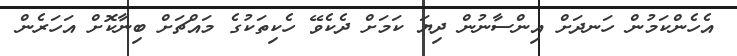
އެހެންކަމުން ހަނދަށް އިންސާނުން ދިޔަ ކަމަށް ދެކެވޭ ހެކިތަކުގެ މައްޗަށް ބިނާކޮށް އަހަރެން